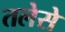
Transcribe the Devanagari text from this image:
तलेसे